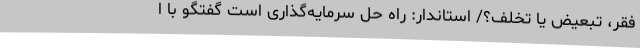
فقر، تبعیض یا تخلف؟/ استاندار: راه حل سرمایه‌گذاری است گفتگو با ا